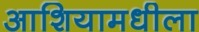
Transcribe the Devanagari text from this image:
आशियामधीला